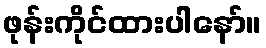
ဖုန်းကိုင်ထားပါနော်။